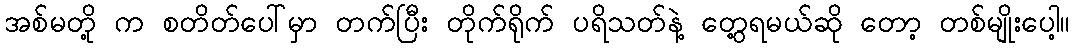
အစ်မတို့ က စတိတ်ပေါ်မှာ တက်ပြီး တိုက်ရိုက် ပရိသတ်နဲ့ တွေ့ရမယ်ဆို တော့ တစ်မျိုးပေါ့။